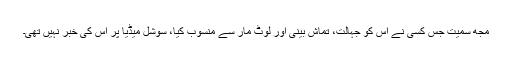
مجھ سمیت جس کسی نے اس کو جہالت، تماش بینی اور لوٹ مار سے منسوب کیا، سوشل میڈیا پر اس کی خبر نہیں تھی۔